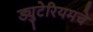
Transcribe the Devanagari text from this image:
ड्युटेरियमचे